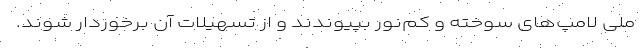
ملی لامپ‌های سوخته و کم‌نور بپیوندند و از تسهیلات آن برخوردار شوند.